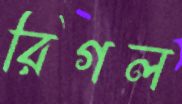
রিগল